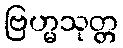
ဗြဟ္မသုတ္တ